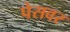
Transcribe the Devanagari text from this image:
पेसवर